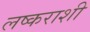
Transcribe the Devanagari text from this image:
लष्कराशी